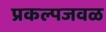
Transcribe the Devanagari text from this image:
प्रकल्पजवळ